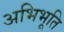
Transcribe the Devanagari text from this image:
अभिभूति